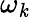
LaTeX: \omega_{\mathit{k}}